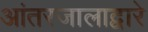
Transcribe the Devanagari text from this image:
आंतरजालाद्वारे